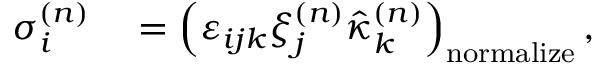
\begin{array} { r l } { \sigma _ { i } ^ { ( n ) } } & { { } = \left( \varepsilon _ { i j k } \xi _ { j } ^ { ( n ) } \hat { \kappa } _ { k } ^ { ( n ) } \right) _ { \mathrm { n o r m a l i z e } } , } \end{array}